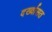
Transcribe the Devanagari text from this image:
दर्ख्वासत